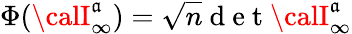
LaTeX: \Phi({\calI}_{\infty}^{\mathfrak{a}})=\sqrt{{n}}{{\mathrm{{~d~e~t~}}{\calI}_{\infty}^{\mathfrak{a}}}}